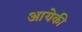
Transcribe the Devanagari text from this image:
आयेकी